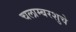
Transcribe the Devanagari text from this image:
चलाम्बरशुचे